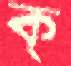
ক্